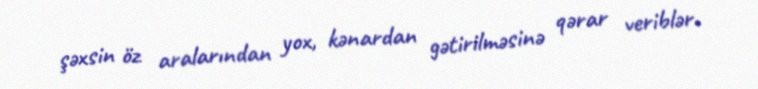
şəxsin öz aralarından yox, kənardan gətirilməsinə qərar veriblər.